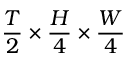
\frac { T } { 2 } \times \frac { H } { 4 } \times \frac { W } { 4 }